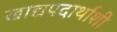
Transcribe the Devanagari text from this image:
खाद्यपदार्थाशी